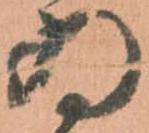
為